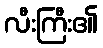
လီးကြီး၏